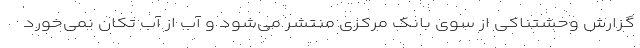
گزارش وحشتناکی از سوی بانک مرکزی منتشر می‌شود و آب از آب تکان نمی‌خورد